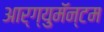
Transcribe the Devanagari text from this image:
आर्ग्युमॅन्टम